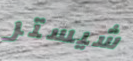
شيستر